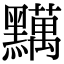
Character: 𪒪